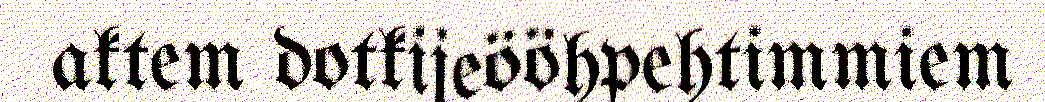
aktem dotkijeööhpehtimmiem